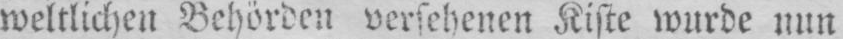
weltlichen Behörden versehenen Kiste wurde nun